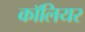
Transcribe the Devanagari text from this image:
कॉलियर